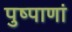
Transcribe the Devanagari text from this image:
पुष्पाणां